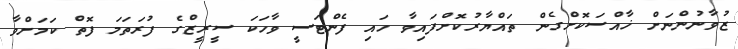
ޒުވާނުންނަށް ޚާއްސަކޮށްގެން ތައްޔާރުކޮށްފައިވާ ހައި ފެންޓަސީ ވާހަކަ ސީރީޒްގެ ފުރަތަމަ ފޮތް ކަމަށްވާ